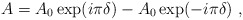
\begin{align*}A = A_0 \exp ( i \pi \delta ) - A_0 \exp ( -i \pi \delta ) ~,\end{align*}